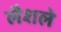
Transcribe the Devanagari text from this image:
लैशले